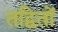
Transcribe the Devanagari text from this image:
तद्वितों